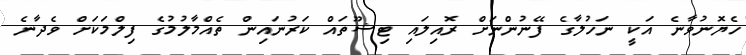
ހެޔޮނުވާނެ އަކީ ނަހުލާގެ ފޭނުންނަށް ރޮއިލައި ޓިޝޫތައް ކަރުނައިން ތެއްމާލުމުގެ ފިލްމަކަށް ވެދާނެ